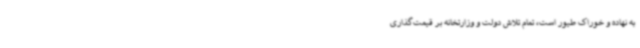
به نهاده و خوراک طیور است، تمام تلاش دولت و وزارتخانه بر قیمت‌گذاری